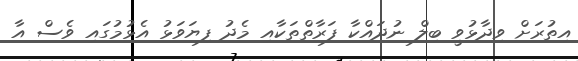
އިތުރަށް ވިދާޅުވީ ބިލް ނުދައްކާ ފަރާތްތަކާއި މެދު ފިޔަވަޅު އެޅުމުގައި ވެސް އާ